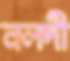
নলদী